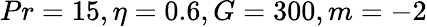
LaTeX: Pr=15,\eta=0.6,G=300,m=-2